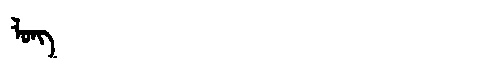
Manchu: ᠯᠣᠩ
Romanization: LONG